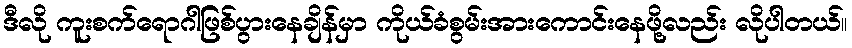
ဒီလို ကူးစက်ရောဂါဖြစ်ပွားနေချိန်မှာ ကိုယ်ခံစွမ်းအားကောင်းနေဖို့လည်း လိုပါတယ်။